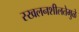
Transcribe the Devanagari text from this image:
स्खलनशीलतेमुळे